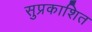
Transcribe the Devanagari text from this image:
सुप्रकाशित